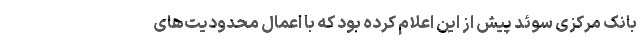
بانک مرکزی سوئد پیش از این اعلام کرده بود که با اعمال محدودیت‌های